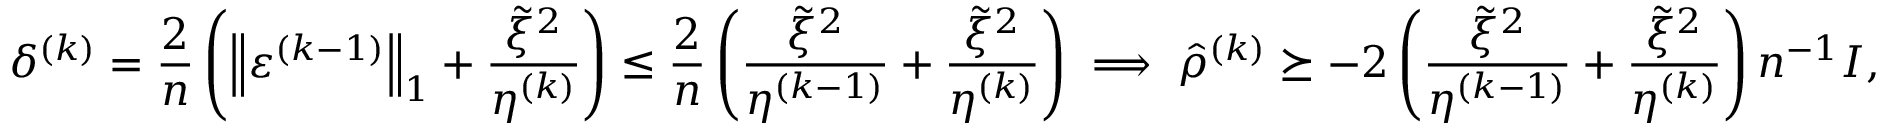
\delta ^ { ( k ) } = \frac { 2 } { n } \left( \left\| \varepsilon ^ { ( k - 1 ) } \right\| _ { 1 } + \frac { \tilde { \xi } ^ { 2 } } { \eta ^ { ( k ) } } \right) \leq \frac { 2 } { n } \left( \frac { \tilde { \xi } ^ { 2 } } { \eta ^ { ( k - 1 ) } } + \frac { \tilde { \xi } ^ { 2 } } { \eta ^ { ( k ) } } \right) \implies \hat { \rho } ^ { ( k ) } \succeq - 2 \left( \frac { \tilde { \xi } ^ { 2 } } { \eta ^ { ( k - 1 ) } } + \frac { \tilde { \xi } ^ { 2 } } { \eta ^ { ( k ) } } \right) n ^ { - 1 } I ,